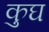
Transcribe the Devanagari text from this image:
कुघ